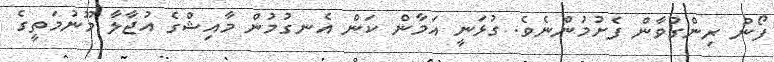
ފޯނު ރިންގުވާން ފެށުމުންނެވެ. ގުޅަނީ އަމާން ކަން އެނގުމުން މާއިޝްގެ އުޖާލާ މޫނުމަތީގެ